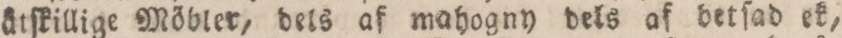
åtſkillige Möbler, dels af mahogny dels af betſad ek,